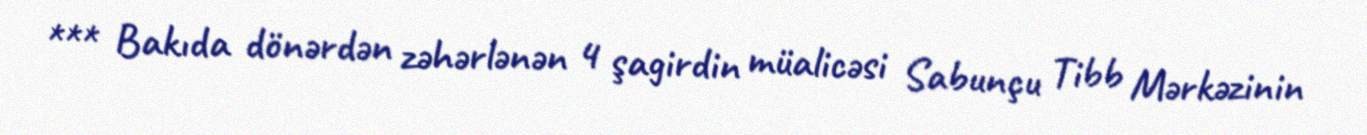
*** Bakıda dönərdən zəhərlənən 4 şagirdin müalicəsi Sabunçu Tibb Mərkəzinin